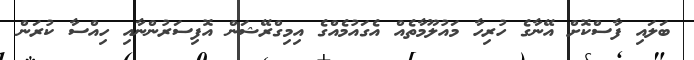
ބަލައި ފާސްކޮށް އޭނާގެ ހުރިހާ މައުލޫމާތެއް އެގައުމެއްގެ އިމިގްރޭޝަން އޮފިސަރުންނާއި ހިއްސާ ކުރަން